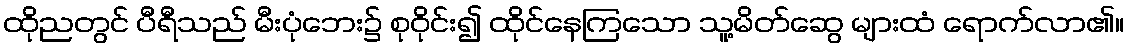
ထိုညတွင် ပီရီသည် မီးပုံဘေး၌ စုဝိုင်း၍ ထိုင်နေကြသော သူ့မိတ်ဆွေ များထံ ရောက်လာ၏။